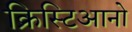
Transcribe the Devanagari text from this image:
क्रिस्टिआनो